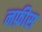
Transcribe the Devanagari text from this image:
नफ़ीस